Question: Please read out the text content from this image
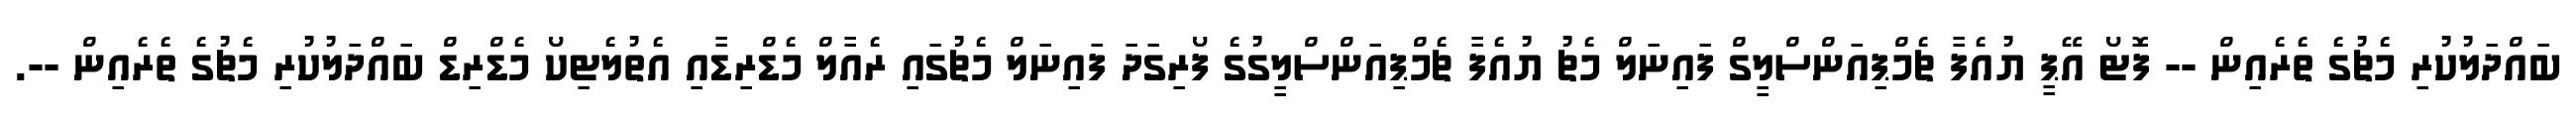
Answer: ބައްދަލުކުރި މެޗުގެ ތެރެއިން -- ފޮޓޯ އޭޕީ ޔުއެފާ ޗެމްޕިއަންސްލީގް ފައިނަލް މެޗު ޔުއެފާ ޗެމްޕިއަންސްލީގުގެ ފޯރިގަދަ ފައިނަލް މެޗުގައި ރެއާލް މެޑްރިޑާއި އެތުލެޓިކޯ މެޑްރިޑް ބައްދަލުކުރި މެޗުގެ ތެރެއިން --.